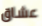
عشاق